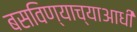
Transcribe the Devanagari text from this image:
बसविण्याच्याआधी